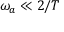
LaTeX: \omega _ { a } \ll 2 / T